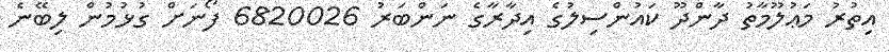
އިތުރު މަޢުލޫމާތު ދާންދޫ ކައުންސިލުގެ އިދާރާގެ ނަންބަރު 6820026 ފޯނަށް ގުޅުމުން ލިބޭނެ